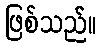
ဖြစ်သည်။